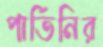
পার্তিনির